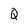
Character: Q